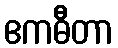
ဧကဓီတာ